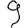
Digit: 9